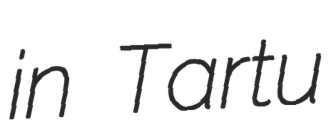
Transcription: in Tartu